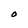
Character: O